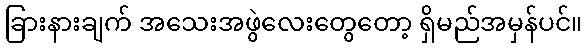
ခြားနားချက် အသေးအဖွဲလေးတွေတော့ ရှိမည်အမှန်ပင်။